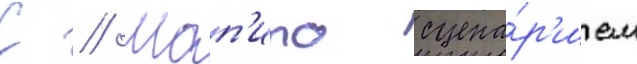
С // Шап'иро сцена́р'ием